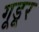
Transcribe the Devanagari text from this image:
गूडूर